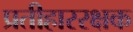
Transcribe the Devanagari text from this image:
प्रतीहाररक्षक